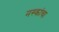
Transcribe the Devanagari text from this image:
नस्कांचा